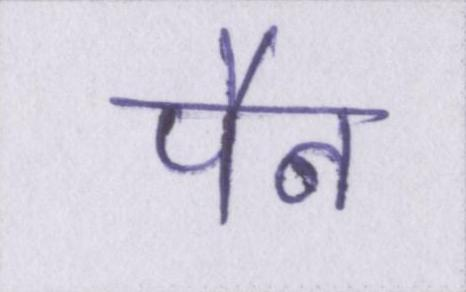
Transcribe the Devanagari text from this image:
पैन